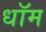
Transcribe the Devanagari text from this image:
धॉम